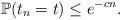
LaTeX: \begin{align*}\mathbb{P}(t_n=t)\leq e^{-cn}.\end{align*}